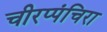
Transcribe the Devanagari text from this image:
चीरप्पंचिरा